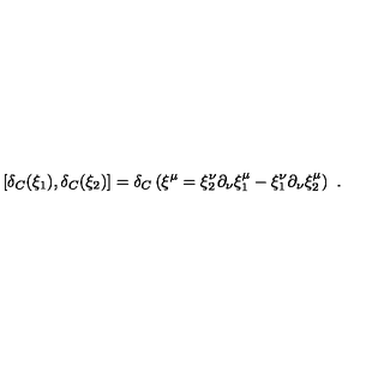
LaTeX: \left[ \delta _ { C } ( \xi _ { 1 } ) , \delta _ { C } ( \xi _ { 2 } ) \right] = \delta _ { C } \left( \xi ^ { \mu } = \xi _ { 2 } ^ { \nu } \partial _ { \nu } \xi _ { 1 } ^ { \mu } - \xi _ { 1 } ^ { \nu } \partial _ { \nu } \xi _ { 2 } ^ { \mu } \right) \ .